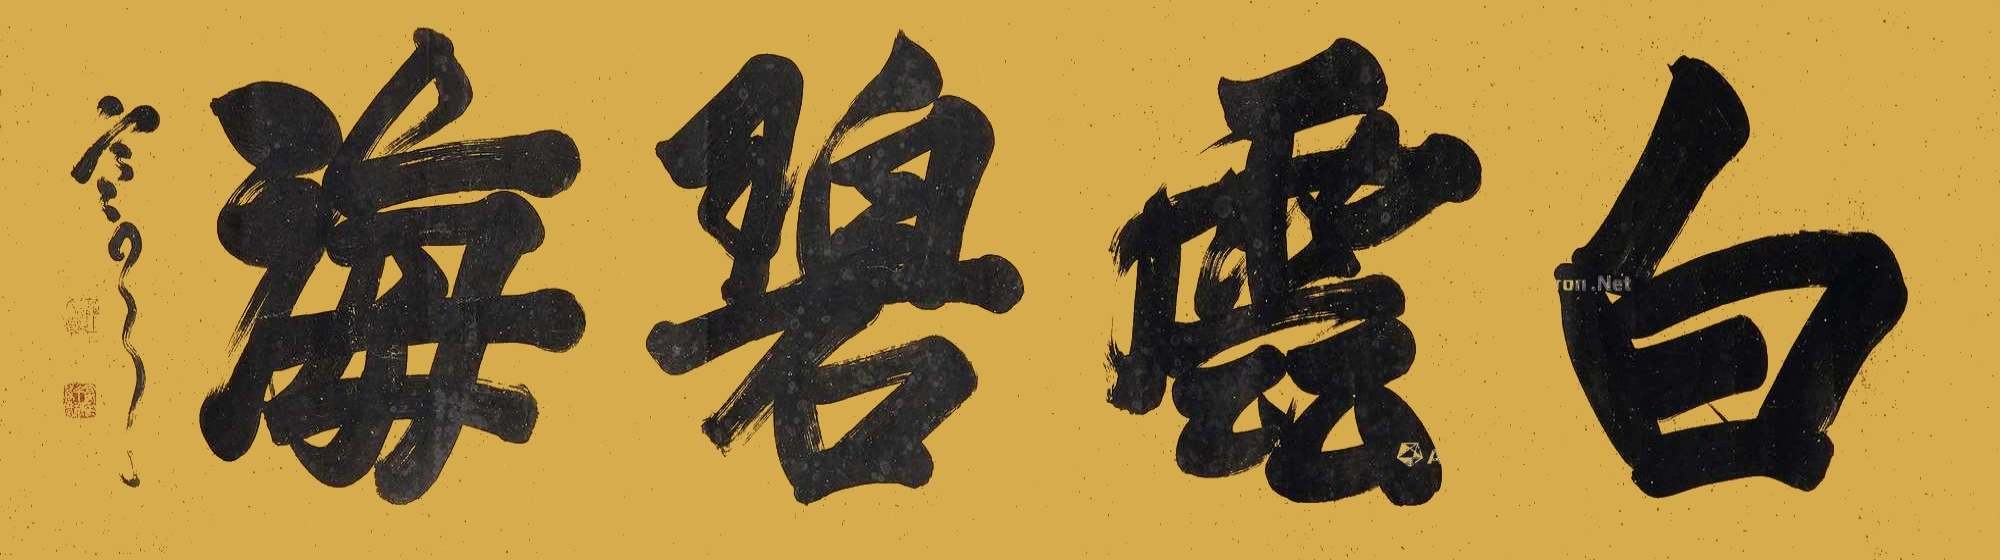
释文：白云碧海袁克文